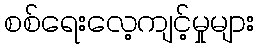
စစ်ရေးလေ့ကျင့်မှုများ